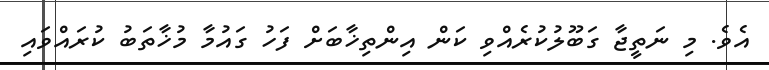
އެވެ. މި ނަތީޖާ ގަބޫލުކުރެއްވި ކަން އިންތިޚާބަށް ފަހު ގައުމާ މުޚާތަބު ކުރައްވައި